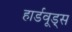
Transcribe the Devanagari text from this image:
हार्डवूड्स